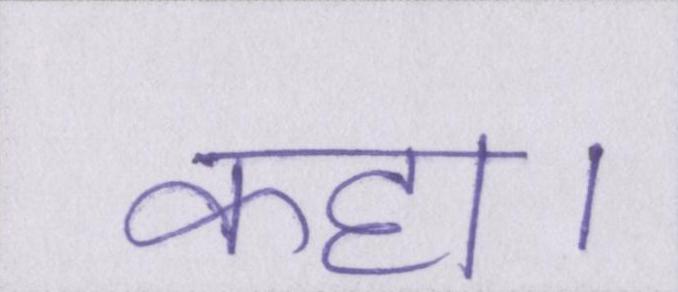
कहा।